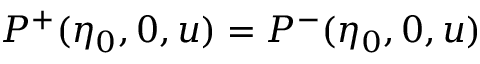
P ^ { + } ( \eta _ { 0 } , 0 , u ) = P ^ { - } ( \eta _ { 0 } , 0 , u )